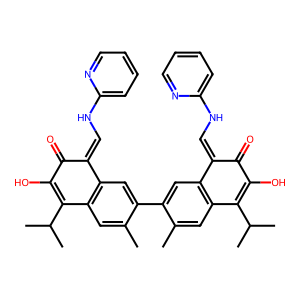
SMILES: Cc1cc2c(cc1-c1cc3c(cc1C)C(C(C)C)=C(O)C(=O)C3=CNc1ccccn1)C(=CNc1ccccn1)C(=O)C(O)=C2C(C)C
Inhibits HIV replication: No